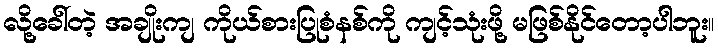
လို့ခေါ်တဲ့ အချိုးကျ ကိုယ်စားပြုစံနစ်ကို ကျင့်သုံးဖို့ မဖြစ်နိုင်တော့ပါဘူး။